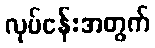
လုပ်ငန်းအတွက်